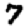
Digit: 7